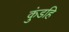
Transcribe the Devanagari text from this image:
कुंडहि